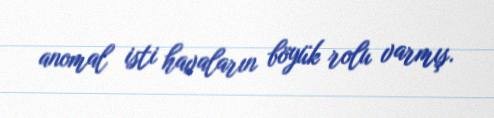
anomal isti havaların böyük rolu varmış.